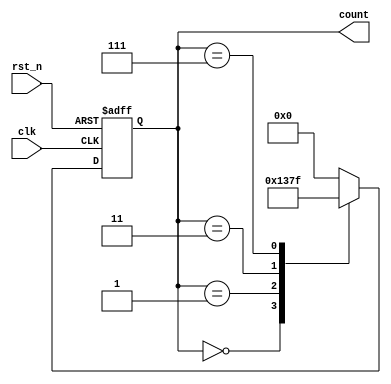
module johnson_counter_divider (
    input wire clk,
    input wire rst_n,
    output reg [3:0] count
);

reg [3:0] next_state;

always @ (posedge clk or negedge rst_n) begin
    if (~rst_n) begin
        count <= 4'b0000;
    end else begin
        count <= next_state;
    end
end

always @ (count) begin
    case (count)
        4'b0000: next_state = 4'b0001;
        4'b0001: next_state = 4'b0011;
        4'b0011: next_state = 4'b0111;
        4'b0111: next_state = 4'b1111;
        4'b1111: next_state = 4'b0000;
        default: next_state = 4'b0000;
    endcase
end

endmodule